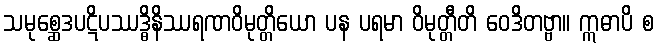
သမုစ္ဆေဒပဋိပဿဒ္ဓိနိဿရဏဝိမုတ္တိယော ပန ပရမာ ဝိမုတ္တီတိ ဝေဒိတဗ္ဗာ။ ဣဓာပိ စ